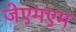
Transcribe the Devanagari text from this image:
जेएमएम